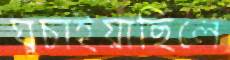
ঘুচাইয়াছিলে